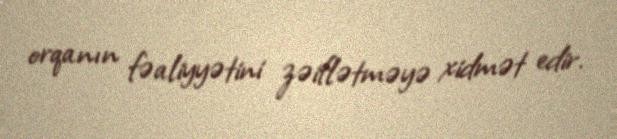
orqanın fəaliyyətini zəiflətməyə xidmət edir.